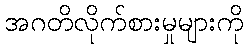
အဂတိလိုက်စားမှုများကို